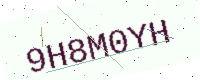
Text: 9H8M0YH